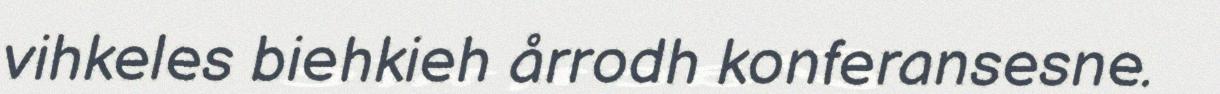
vihkeles biehkieh årrodh konferansesne.